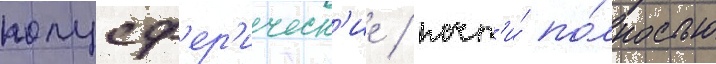
полусф'ер'ическ'ие / почт'и́ по́лностью